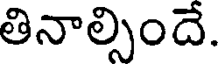
తినాల్సిందే.